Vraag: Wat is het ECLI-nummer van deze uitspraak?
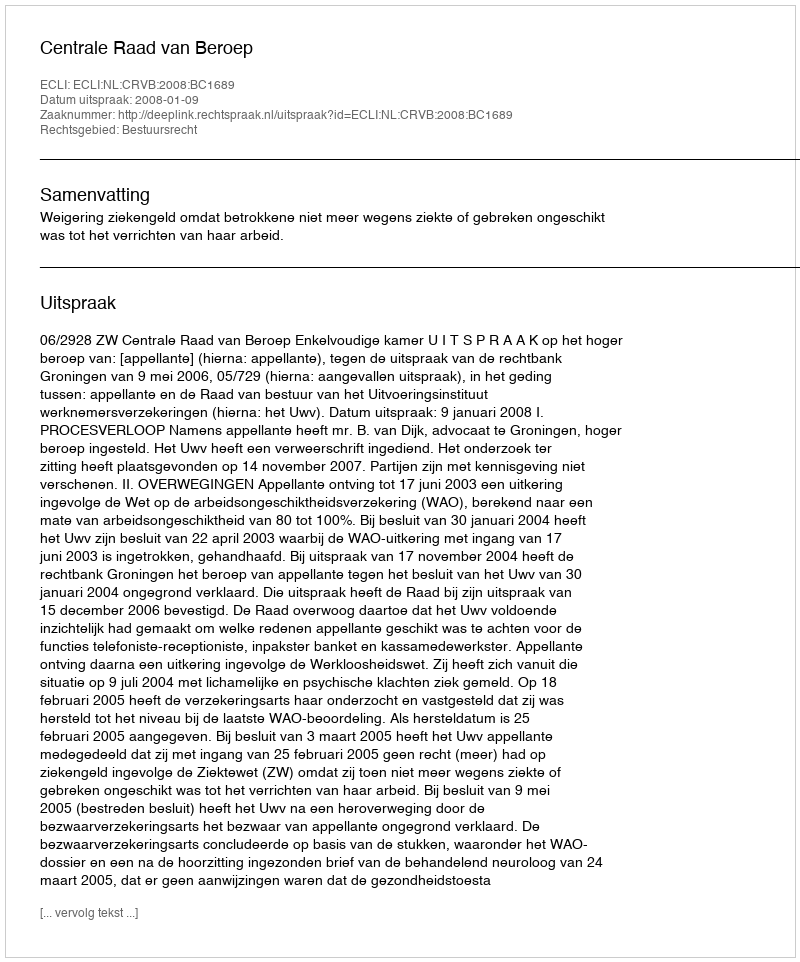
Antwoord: ECLI:NL:CRVB:2008:BC1689